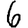
Digit: 6